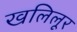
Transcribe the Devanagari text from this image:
खलिलूर